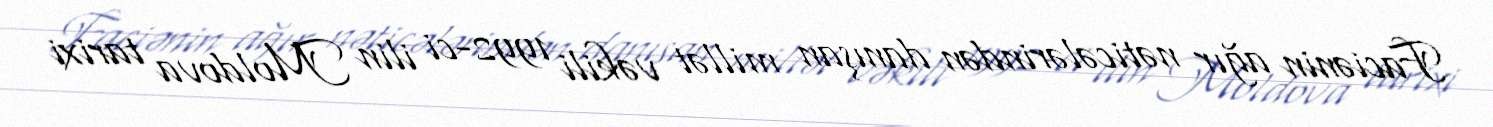
Faciənin ağır nəticələrindən danışan millət vəkili 1992-ci ilin Moldova tarixi